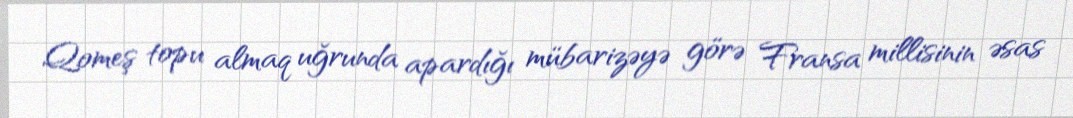
Qomeş topu almaq uğrunda apardığı mübarizəyə görə Fransa millisinin əsas